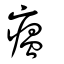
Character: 瘟